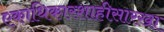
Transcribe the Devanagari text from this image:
एकाधिकारशाहीसारखा